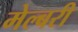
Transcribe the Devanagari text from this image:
मेल्बरी